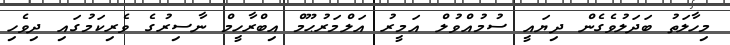
މިހާލަތު ބަދަލުވެގެން ދިޔައީ ސުމުއްވުލް އަމީރު އަލްމަރުޙޫމް އިބްރާހީމް ނާސިރުގެ ވެރިކަމުގައި ދިވެހި